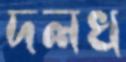
দলখ